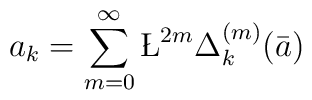
a_k = \sum_{m=0}^{\infty}\L^{2m}{\Delta_k^{(m)}}(\bar a)